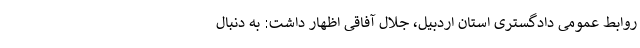
روابط عمومی دادگستری استان اردبیل، جلال آفاقی اظهار داشت: به دنبال